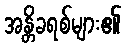
အန္တိခရစ်များ၏